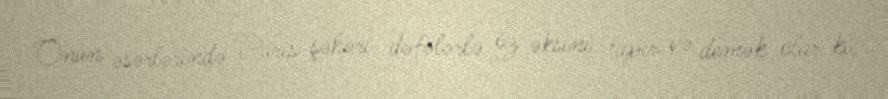
Onun əsərlərində Paris şəhəri dəfələrlə öz əksini tapır və demək olar ki,